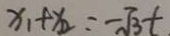
x _ { 1 } + x _ { 2 } = - \sqrt { 3 } t